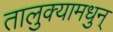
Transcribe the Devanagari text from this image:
तालुक्यामधुन्